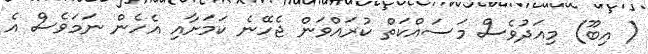
( އިބޫ) މިއަދުވެސް މަސައްކަތް ކުރައްވަން ޖެހޭނެ ކަމަށާއި އެހެން ނަމަވެސް އެ